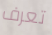
تعرف